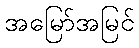
အမြော်အမြင်